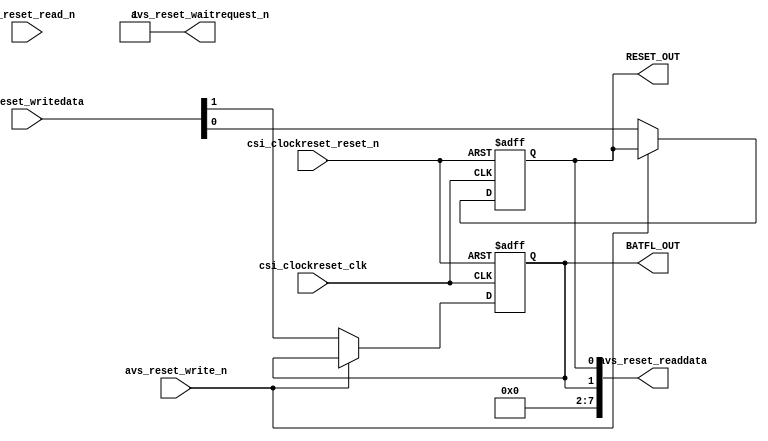
module GlobalReset(
csi_clockreset_clk,
csi_clockreset_reset_n,

avs_reset_readdata,
avs_reset_writedata,
avs_reset_write_n,
avs_reset_read_n,
avs_reset_waitrequest_n,

RESET_OUT,
BATFL_OUT
);


input					csi_clockreset_clk, csi_clockreset_reset_n;

input		[7:0]	avs_reset_writedata;
output	[7:0]	avs_reset_readdata;

input					avs_reset_write_n, avs_reset_read_n;
output				avs_reset_waitrequest_n;

output				RESET_OUT, BATFL_OUT;
reg					RESET_OUT, BATFL_OUT;

assign	avs_reset_readdata = {6'b0, BATFL_OUT, RESET_OUT};
assign	avs_reset_waitrequest_n = 1'b1;

always@(posedge csi_clockreset_clk or negedge csi_clockreset_reset_n)
begin
	if(!csi_clockreset_reset_n) begin BATFL_OUT <= 1'b1; RESET_OUT <= 1'b0; end
	else if(!avs_reset_write_n) begin BATFL_OUT <= avs_reset_writedata[1]; RESET_OUT <= avs_reset_writedata[0]; end
end

endmodule